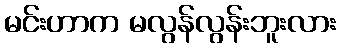
မင်းဟာက မလွန်လွန်းဘူးလား